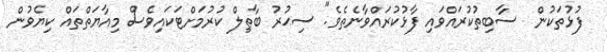
ފުޅުތަކުން  ސާބިތުކުރައްވައި ފާޅުކުރައްވާނެތެވެ". ސިޙުރު ބާޠިލް ކުރުމަށްޓަކައިވެސް މިއާޔަތްތައް ކިޔެވުން